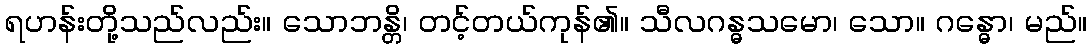
ရဟန်းတို့သည်လည်း။ သောဘန္တိ၊ တင့်တယ်ကုန်၏။ သီလဂန္ဓသမော၊ သော။ ဂန္ဓော၊ မည်။